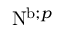
\mathrm { N } ^ { \mathrm { b } ; p }